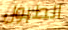
الطبول